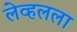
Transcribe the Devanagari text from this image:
लेव्हलला